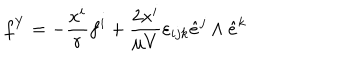
LaTeX: f ^ { Y } = - \frac { x ^ { i } } { r } f ^ { i } + \frac { 2 x ^ { i } } { \mu V } \varepsilon _ { i j k } \hat { e } ^ { j } \land \hat { e } ^ { k }